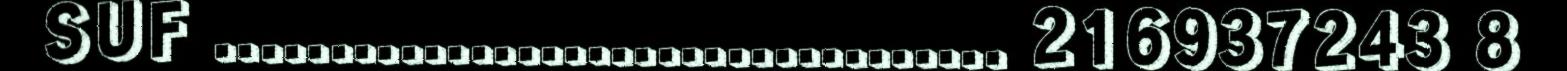
SUF .................................. 216937243 8